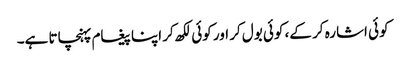
کوئی اشارہ کر کے، کوئی بول کر اور کوئی لکھ کر اپنا پیغام پہنچاتا ہے۔